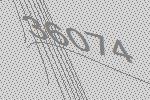
36074